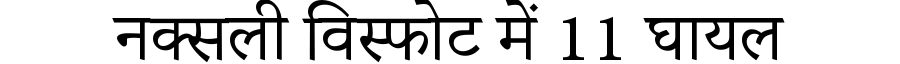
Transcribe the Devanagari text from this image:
नक्सली विस्फोट में 11 घायल